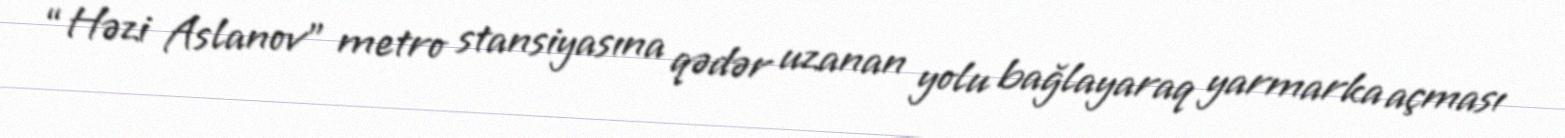
“Həzi Aslanov” metro stansiyasına qədər uzanan yolu bağlayaraq yarmarka açması